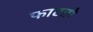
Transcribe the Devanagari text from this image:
फाटतो